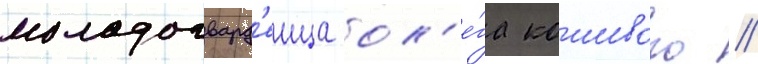
молодогвард'еица ол'е́га кошевого /